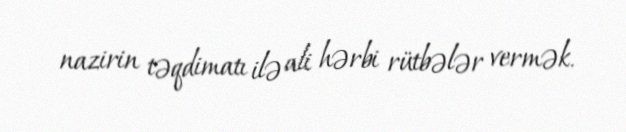
nazirin təqdimatı ilə ali hərbi rütbələr vermək.